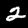
Label: 2